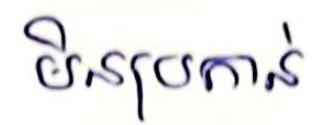
មិនប្រកាន់